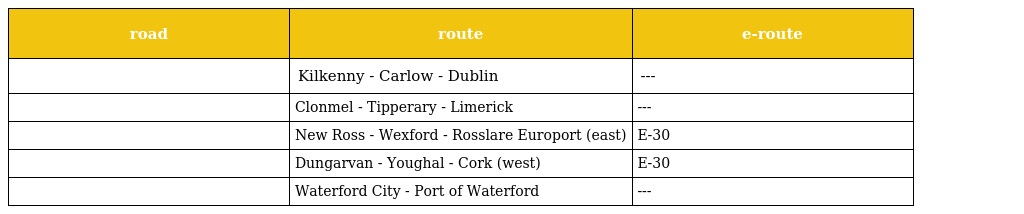
| road | route | e-route |
 | --- | --- | --- |
 |  | Kilkenny - Carlow - Dublin | --- |
 |  | Clonmel - Tipperary - Limerick | --- |
 |  | New Ross - Wexford - Rosslare Europort (east) | E-30 |
 |  | Dungarvan - Youghal - Cork (west) | E-30 |
 |  | Waterford City - Port of Waterford | --- |